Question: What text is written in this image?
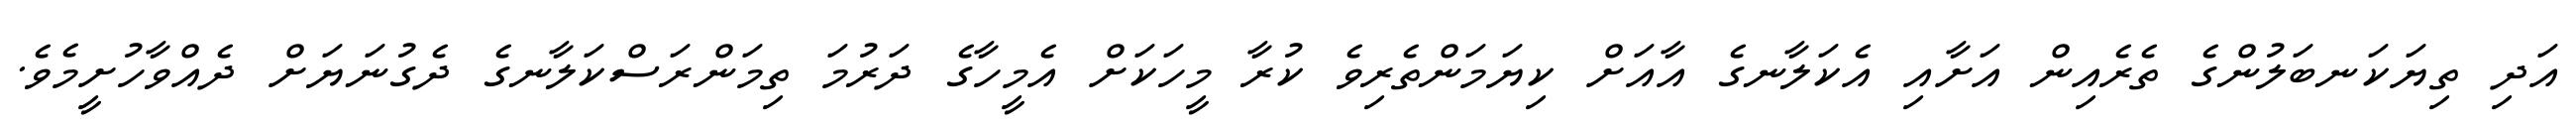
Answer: އަދި ތިޔަކަނބަލުންގެ ތެރެއިން އަށާއި އެކަލާނގެ އާއަށް ކިޔަމަންތެރިވެ ކުރާ މީހަކަށް އެމީހާގެ ދަރުމަ ތިމަންރަސްކަލާނގެ ދެގުނަޔަށް ދެއްވާހުށީމެވެ.